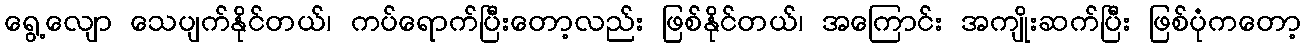
ရွေ့လျော သေပျက်နိုင်တယ်၊ ကပ်ရောက်ပြီးတော့လည်း ဖြစ်နိုင်တယ်၊ အကြောင်း အကျိုးဆက်ပြီး ဖြစ်ပုံကတော့